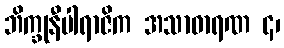
ဘိက္ခုနီပါရာဇိက အသာဓာရဏ ၄၊